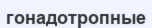
гонадотропные